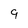
Character: 9